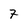
Character: 7